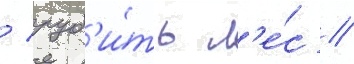
/ руб'и́ть л'е́с /